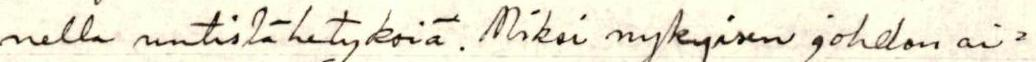
nella uutislähetyksiä. Miksi nykyisen johdon ai=